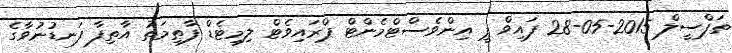
ތަފްސީލް 2015-05-28 ފައިވް ޕީ އިންވެސްޓްމެންޓް ޕްރައިވެޓް ލިމިޓެޑް ފާޠިމަތު އާތިފާ ފަނޑުނުވާގެ